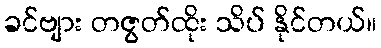
ခင်ဗျား တဇွတ်ထိုး သိပ် နိုင်တယ်။